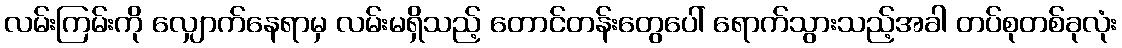
လမ်းကြမ်းကို လျှောက်နေရာမှ လမ်းမရှိသည့် တောင်တန်းတွေပေါ် ရောက်သွားသည့်အခါ တပ်စုတစ်ခုလုံး